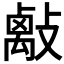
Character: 𢿑